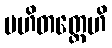
ပဟိတတ္တေဟိ